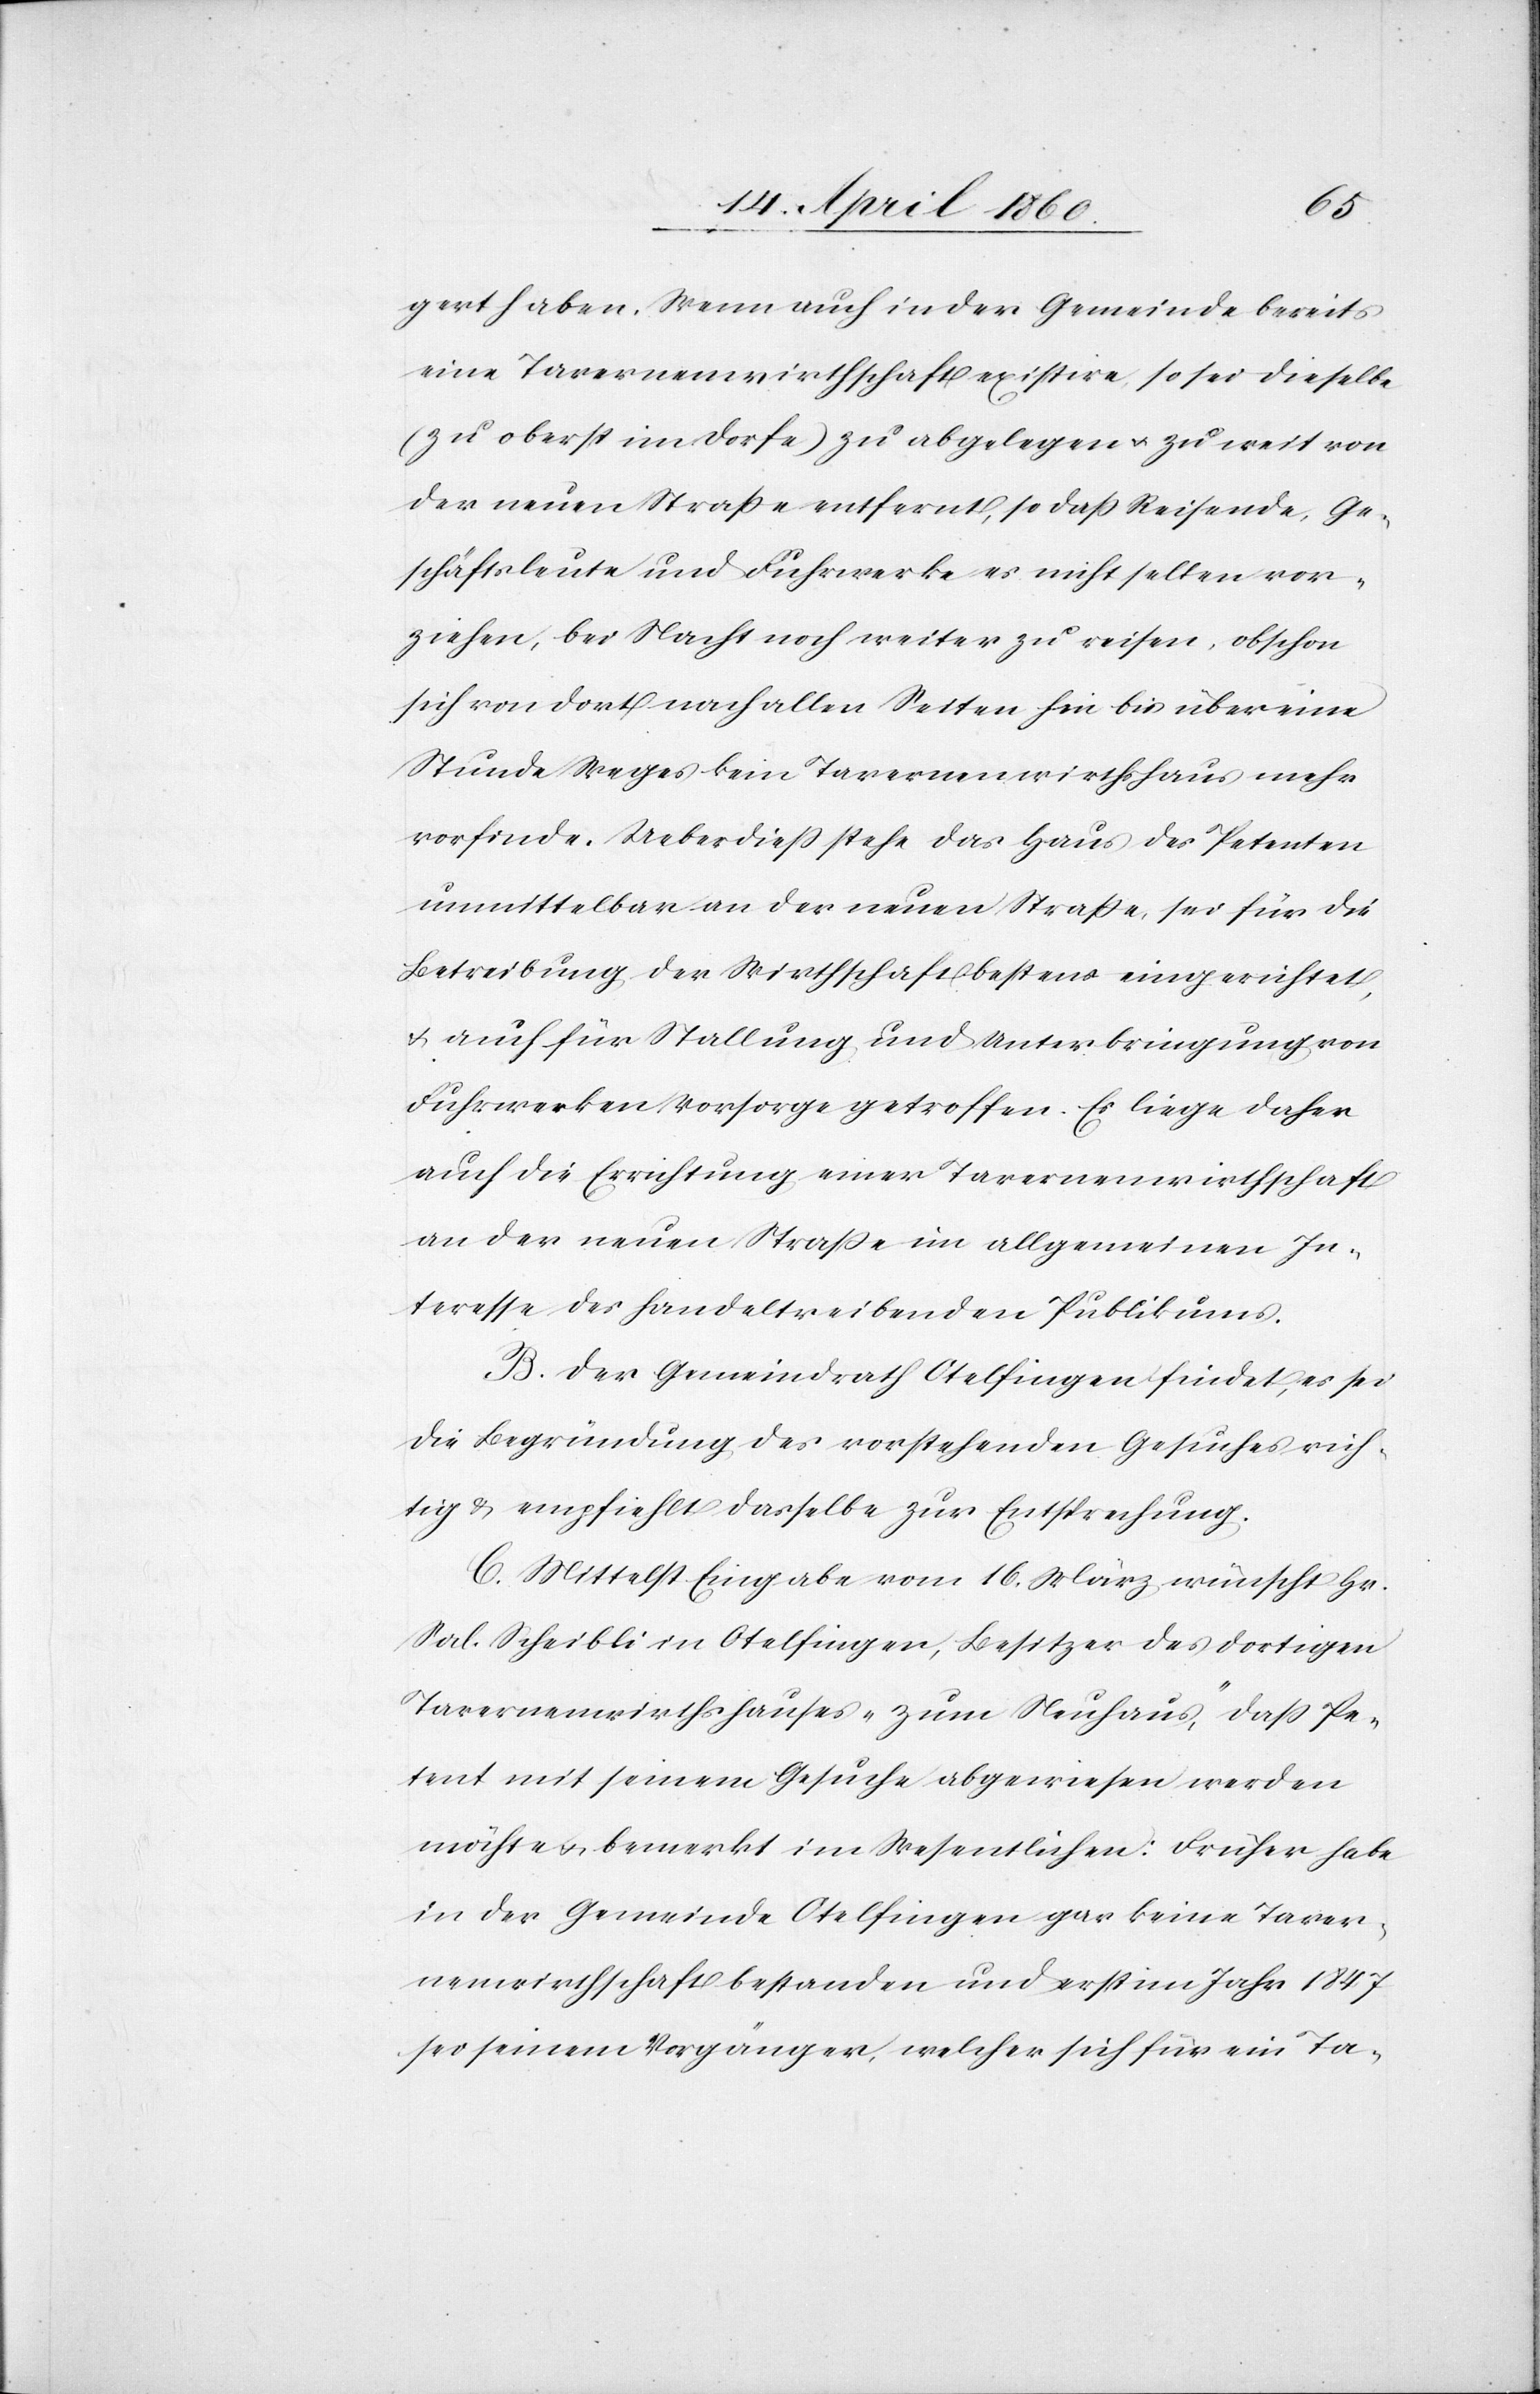
u.
gert haben. Wenn auch in der Gemeinde bereits
eine Tavernenwirthschaft existire, so sei dieselbe
(zu oberst im Dorfe) zu abgelegen u. zu weit von
der neuen Strasse entfernt, so dass Reisende, Ge¬
schäftsleute und Fuhrwerke es nicht selten vor¬
ziehen, bei Nacht noch weiter zu reisen, obschon
sich von dort nach allen Seiten hin bis über eine
Stunde Weges kein Tavernenwirthshaus mehr
vorfinde. Ueberdiess stehe das Haus des Petenten
unmittelbar an der neuen Strasse, sei für die
Betreibung der Wirthschaft bestens eingerichtet,
u. auch für Stallung und Unterbringung von
Fuhrwerken Vorsorge getroffen. Es liegt daher
auch die Errichtung einer Tavernenwirthschaft
an der neuen Strasse im allgemeinen In¬
teresse des handeltreibenden Publikums.
B. Der Gemeindrath Otelfingen findet, es sei
die Begründung des vorstehenden Gesuches rich¬
C. Mittelst Eingabe vom 16. März wünscht Hr.
Sal. Scheibli in Otelfingen, Besitzer des dortigen
Tavernenwirthshauses „zum Neuhaus“ dass Pe¬
tent mit seinem Gesuch abgewiesen werden
möchte u. bemerkt im Wesentlichen: Früher habe
in der Gemeinde Otelfingen gar keine Taver¬
nenwirthschaft bestanden und erst im Jahr 1847
sei seinem Vorgänger, welcher sich für ein Ta-